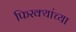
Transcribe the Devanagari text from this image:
फिरक्यांच्या